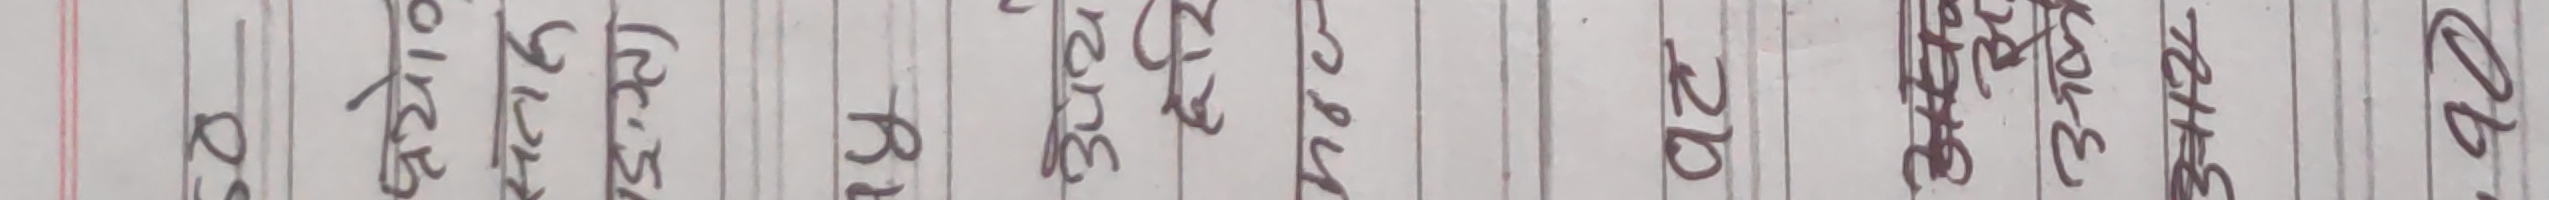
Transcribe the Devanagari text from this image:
०७
३१००
३१५२
3098
B
सुरु
३१८७
३१०
०२९९